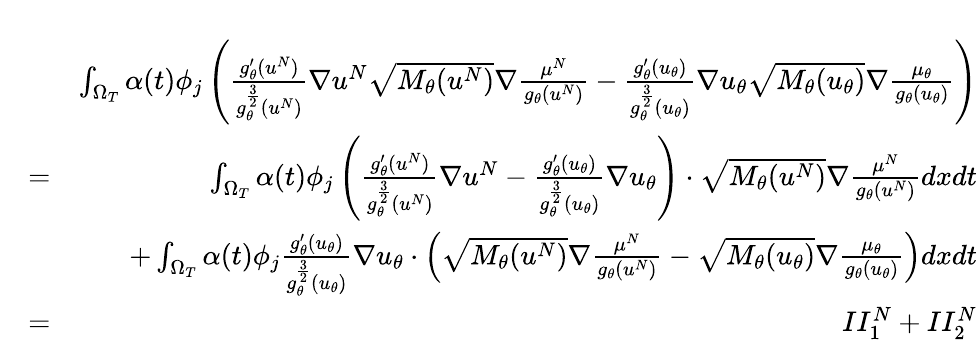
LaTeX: \begin{array}{rlr}&{}&\\ &{}&{\int_{\Omega_{T}}\alpha(t)\phi_{j}\left(\frac{g_{\theta}^{\prime}(u^{N})}{g_{\theta}^{\frac{3}{2}}(u^{N})}\nabla u^{N}\sqrt{M_{\theta}(u^{N})}\nabla\frac{\mu^{N}}{g_{\theta}(u^{N})}-\frac{g_{\theta}^{\prime}(u_{\theta})}{g_{\theta}^{\frac{3}{2}}(u_{\theta})}\nabla u_{\theta}\sqrt{M_{\theta}(u_{\theta})}\nabla\frac{\mu_{\theta}}{g_{\theta}(u_{\theta})}\right)}\\ &{=}&{\int_{\Omega_{T}}\alpha(t)\phi_{j}\left(\frac{g_{\theta}^{\prime}(u^{N})}{g_{\theta}^{\frac{3}{2}}(u^{N})}\nabla u^{N}-\frac{g_{\theta}^{\prime}(u_{\theta})}{g_{\theta}^{\frac{3}{2}}(u_{\theta})}\nabla u_{\theta}\right)\cdot\sqrt{M_{\theta}(u^{N})}\nabla\frac{\mu^{N}}{g_{\theta}(u^{N})}dxdt}\\ &{}&{+\int_{\Omega_{T}}\alpha(t)\phi_{j}\frac{g_{\theta}^{\prime}(u_{\theta})}{g_{\theta}^{\frac{3}{2}}(u_{\theta})}\nabla u_{\theta}\cdot\left(\sqrt{M_{\theta}(u^{N})}\nabla\frac{\mu^{N}}{g_{\theta}(u^{N})}-\sqrt{M_{\theta}(u_{\theta})}\nabla\frac{\mu_{\theta}}{g_{\theta}(u_{\theta})}\right)dxdt}\\ &{=}&{II_{1}^{N}+II_{2}^{N}}\end{array}